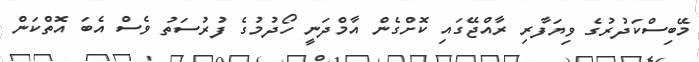
މޭބިސްކަދުރުގެ ވިޔަފާރި ރާއްޖޭގައި ކޮށްގެން އާމްދަނީ ހޯދުމުގެ ފުރުސަތު ވެސް އެބަ އޮތްކަން